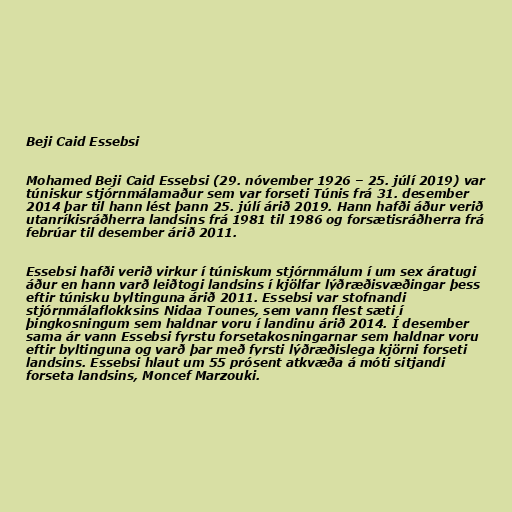
Beji Caid Essebsi

Mohamed Beji Caid Essebsi (29. nóvember 1926 – 25. júlí 2019) var
túniskur stjórnmálamaður sem var forseti Túnis frá 31. desember
2014 þar til hann lést þann 25. júlí árið 2019. Hann hafði áður verið
utanríkisráðherra landsins frá 1981 til 1986 og forsætisráðherra frá
febrúar til desember árið 2011.

Essebsi hafði verið virkur í túniskum stjórnmálum í um sex áratugi
áður en hann varð leiðtogi landsins í kjölfar lýðræðisvæðingar þess
eftir túnisku byltinguna árið 2011. Essebsi var stofnandi
stjórnmálaflokksins Nidaa Tounes, sem vann flest sæti í
þingkosningum sem haldnar voru í landinu árið 2014. Í desember
sama ár vann Essebsi fyrstu forsetakosningarnar sem haldnar voru
eftir byltinguna og varð þar með fyrsti lýðræðislega kjörni forseti
landsins. Essebsi hlaut um 55 prósent atkvæða á móti sitjandi
forseta landsins, Moncef Marzouki.